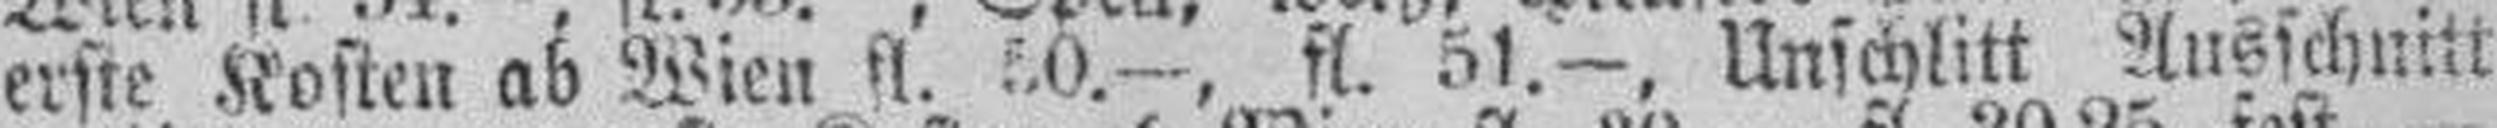
erste Kosten ab Wien fl. 50.—, fl. 51.—, Unschlitt Ausschnitt